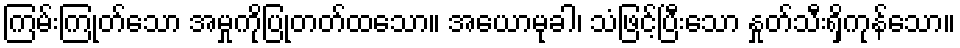
ကြမ်းကြုတ်သော အမှုကိုပြုတတ်ထသော။ အယောမုခါ၊ သံဖြင့်ပြီးသော နှုတ်သီးရှိကုန်သော။